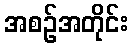
အစဉ်အတိုင်း